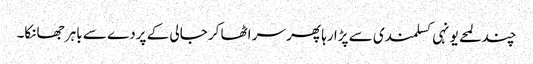
چند لمحے یونہی کسلمندی سے پڑا رہا پھر سر اٹھا کر جالی کے پردے سے باہر جھانکا۔